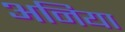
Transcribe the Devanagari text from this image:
अनिया